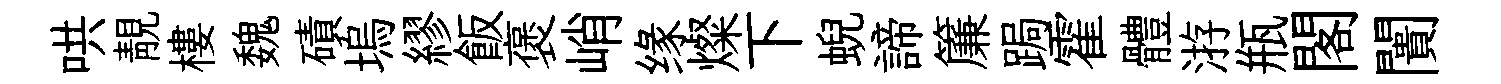
哄靚樓魏磧塢繆飯褒峭缘燦下蜺諦簾跼霍體㳺瓶閣闠